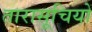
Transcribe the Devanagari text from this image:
तारासूचियों